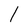
Character: l